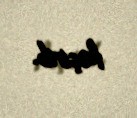
keçirib.